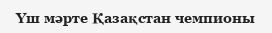
Үш мәрте Қазақстан чемпионы